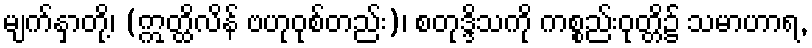
မျက်နှာတို့၊ (ဣတ္ထိလိန် ဗဟုဝုစ်တည်း)၊ စတုဒ္ဒိသကို ကစ္စည်းဝုတ္တိ၌ သမာဟာရ,